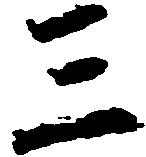
三